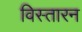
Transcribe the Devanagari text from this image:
विस्तारन